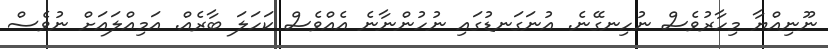
ނޫނިއްޔާ މިހާރުވެސް ނުހިނގޭނެ. އުނަގަނޑުގައި ނުހުންނާނެ އެއްވެސް ކަހަލަ ބާރެއް. އަމިއްލައަށް ނުވެެސް